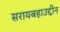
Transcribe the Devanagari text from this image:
सरायबहाउद्दीन